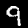
Digit: 9